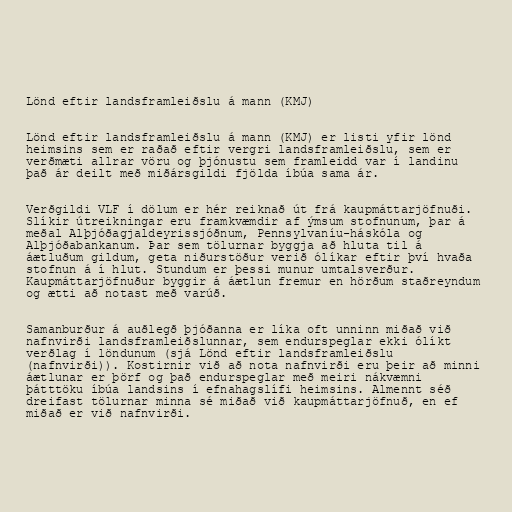
Lönd eftir landsframleiðslu á mann (KMJ)

Lönd eftir landsframleiðslu á mann (KMJ) er listi yfir lönd
heimsins sem er raðað eftir vergri landsframleiðslu, sem er
verðmæti allrar vöru og þjónustu sem framleidd var í landinu
það ár deilt með miðársgildi fjölda íbúa sama ár.

Verðgildi VLF í dölum er hér reiknað út frá kaupmáttarjöfnuði.
Slíkir útreikningar eru framkvæmdir af ýmsum stofnunum, þar á
meðal Alþjóðagjaldeyrissjóðnum, Pennsylvaníu-háskóla og
Alþjóðabankanum. Þar sem tölurnar byggja að hluta til á
áætluðum gildum, geta niðurstöður verið ólíkar eftir því hvaða
stofnun á í hlut. Stundum er þessi munur umtalsverður.
Kaupmáttarjöfnuður byggir á áætlun fremur en hörðum staðreyndum
og ætti að notast með varúð.

Samanburður á auðlegð þjóðanna er líka oft unninn miðað við
nafnvirði landsframleiðslunnar, sem endurspeglar ekki ólíkt
verðlag í löndunum (sjá Lönd eftir landsframleiðslu
(nafnvirði)). Kostirnir við að nota nafnvirði eru þeir að minni
áætlunar er þörf og það endurspeglar með meiri nákvæmni
þátttöku íbúa landsins í efnahagslífi heimsins. Almennt séð
dreifast tölurnar minna sé miðað við kaupmáttarjöfnuð, en ef
miðað er við nafnvirði.